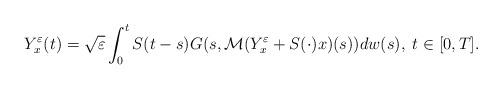
LaTeX: \begin{align*}Y_{x}^{\varepsilon }(t)=\sqrt{{\varepsilon }}\int_{0}^{t}S(t-s)G(s,\mathcal{M}(Y_{x}^{\varepsilon }+S(\cdot )x)(s))dw(s),\;t\in \lbrack 0,T].\end{align*}